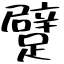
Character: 躄